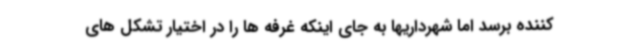
کننده برسد اما شهرداریها به جای اینکه غرفه ها را در اختیار تشکل های